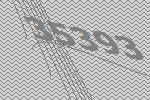
35393